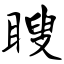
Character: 瞍